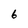
Character: 6